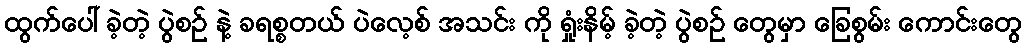
ထွက်ပေါ် ခဲ့တဲ့ ပွဲစဉ် နဲ့ ခရစ္စတယ် ပဲလေ့စ် အသင်း ကို ရှုံးနိမ့် ခဲ့တဲ့ ပွဲစဉ် တွေမှာ ခြေစွမ်း ကောင်းတွေ